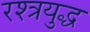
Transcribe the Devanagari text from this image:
रश्त्रयुद्ध